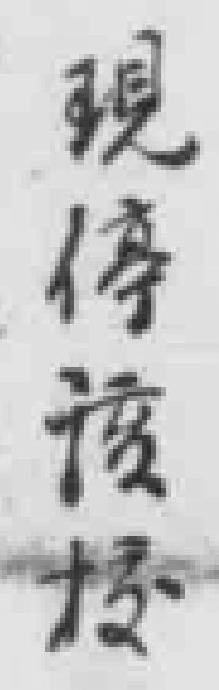
現停该校